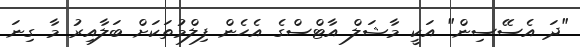
"ދަ އެސޭސިން" އަކީ މާޝަލް އާޓްސްގެ އެހެން ފިލްމުތަކަށް ބަލާއިރު މާ ގިނަ